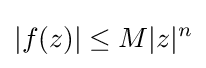
|f(z)|\leq M|z|^{n}